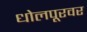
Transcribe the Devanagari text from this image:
धोलपूरवर